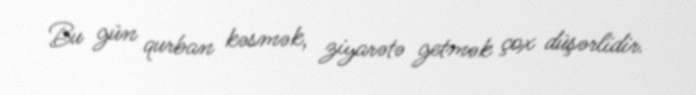
Bu gün qurban kəsmək, ziyarətə getmək çox düşərlidir.